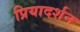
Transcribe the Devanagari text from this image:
प्रियादर्शन